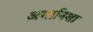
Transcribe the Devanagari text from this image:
अमानिशा